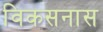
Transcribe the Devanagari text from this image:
विकसनास